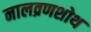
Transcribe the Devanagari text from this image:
नालव्रणशोथ